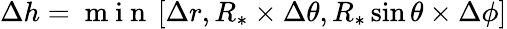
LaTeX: \Delta h=\mathrm{~m~i~n~}\left[\Delta r,R_{*}\times\Delta\theta,R_{*}\sin\theta\times\Delta\phi\right]